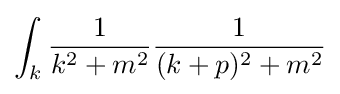
\int _{k}{\frac {1}{k^{2}+m^{2}}}{\frac {1}{(k+p)^{2}+m^{2}}}